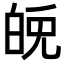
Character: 𤽪